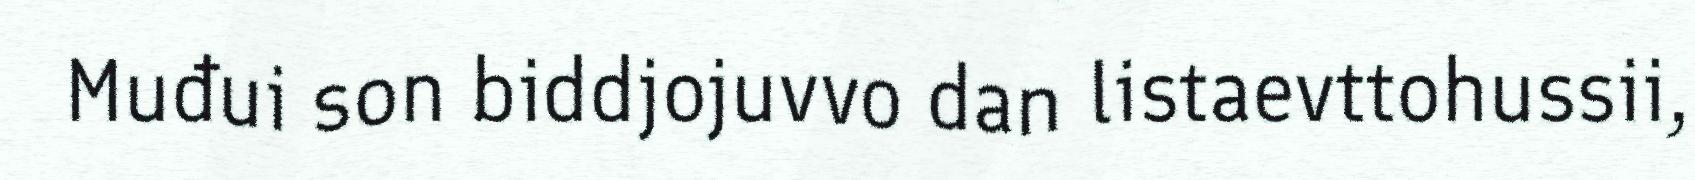
Muđui son biddjojuvvo dan listaevttohussii,